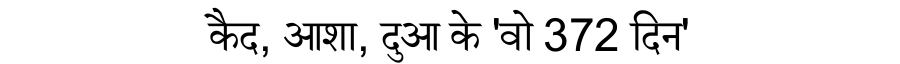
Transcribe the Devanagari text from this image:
कैद, आशा, दुआ के 'वो 372 दिन'